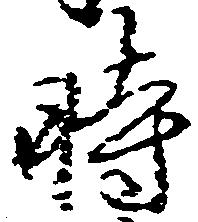
時